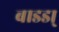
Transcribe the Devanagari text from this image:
बाडडा्